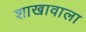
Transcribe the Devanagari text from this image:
शाखावाला